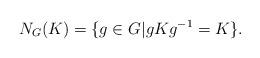
LaTeX: \begin{align*}N_{G}(K) = \{g \in G | g K g^{-1} = K \}.\end{align*}